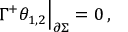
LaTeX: \Gamma ^ { + } \theta _ { 1 , 2 } \Big | _ { \partial \Sigma } = 0 \, ,